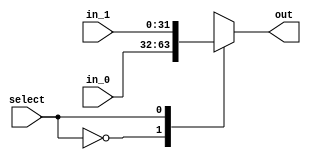
module mux_lo_select(
    input wire [31:0] in_0, // div low
    input wire [31:0] in_1, // mult low
    input wire        select, //Controlado pelo LoSelect
    output reg [31:0]  out
);

always@(*)begin
    case (select)
        1'b0: out = in_0;
        1'b1: out = in_1;
    endcase
end
endmodule